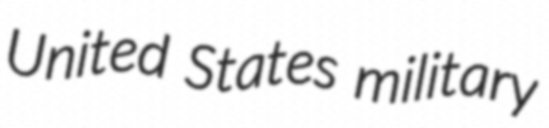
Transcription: United States military